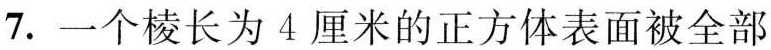
7.一个棱长为4厘米的正方体表面被全部